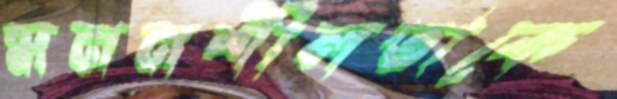
মননশীলতাকে